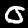
Digit: 0